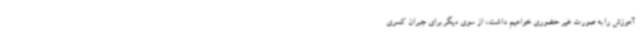
آموزش را به صورت غیر حضوری خواهیم داشت، از سوی دیگر برای جبران کسری